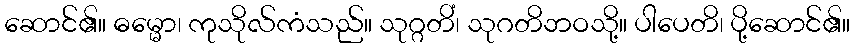
ဆောင်၏။ ဓမ္မော၊ ကုသိုလ်ကံသည်။ သုဂ္ဂတိံ၊ သုဂတိဘဝသို့။ ပါပေတိ၊ ပို့ဆောင်၏။